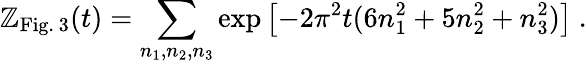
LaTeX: \mathbb{Z}_{\mathrm{{Fig.\, 3}}}(t)=\sum_{n_{1},n_{2},n_{3}}\exp\left[-2\pi^{2}t(6n_{1}^{2}+5n_{2}^{2}+n_{3}^{2})\right]~.